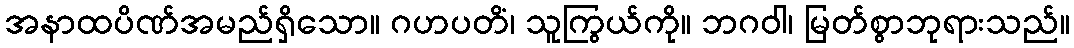
အနာထပိဏ်အမည်ရှိသော။ ဂဟပတိံ၊ သူကြွယ်ကို။ ဘဂဝါ၊ မြတ်စွာဘုရားသည်။